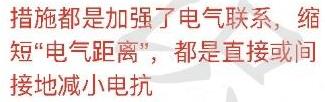
措施都是加强了电气联系，缩短“电气距离”，都是直接或间接地减小电抗